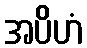
အပိဟံ